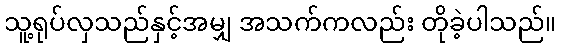
သူ့ရုပ်လှသည်နှင့်အမျှ အသက်ကလည်း တိုခဲ့ပါသည်။